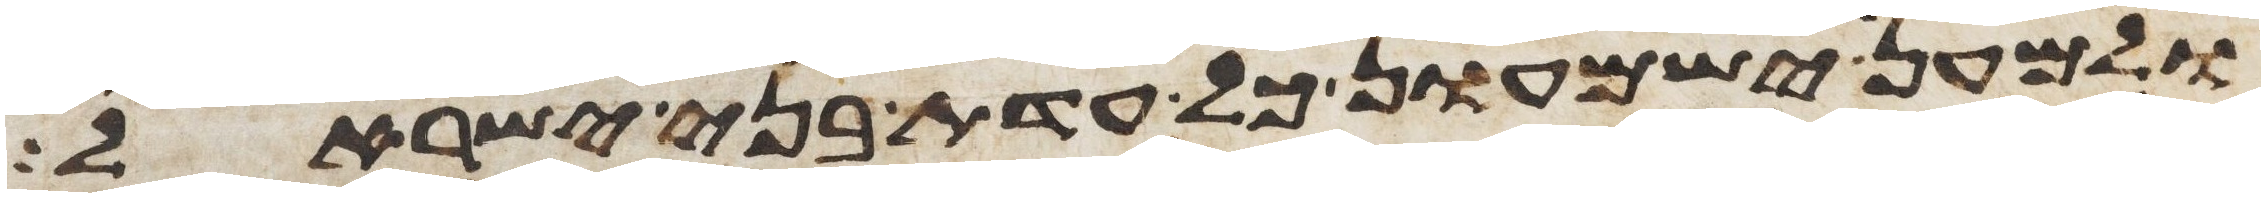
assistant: ולמען ישמעון כל עדת בני ישראל